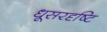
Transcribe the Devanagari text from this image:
धूसरदृष्टि